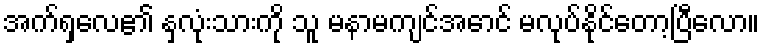
အက်ရှလေ၏ နှလုံးသားကို သူ မနာမကျင်အောင် မလုပ်နိုင်တော့ပြီလော။